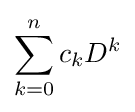
\sum _{k=0}^{n}c_{k}D^{k}